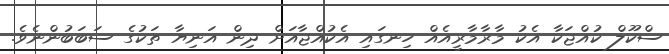
ސްކޫލް ކުއްޖަކާ އެކު މާރާމާރީއެއް ހިނގައި އެކުއްޖާއަށް ދިން އަނިޔާ ތަކުގެ ސަބަބުންނެވެ.